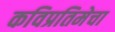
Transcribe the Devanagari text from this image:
कविप्रतिमेचा